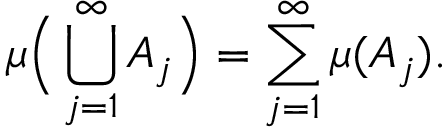
\mu { \Big ( } \bigcup _ { j = 1 } ^ { \infty } A _ { j } { \Big ) } = \sum _ { j = 1 } ^ { \infty } \mu ( A _ { j } ) .